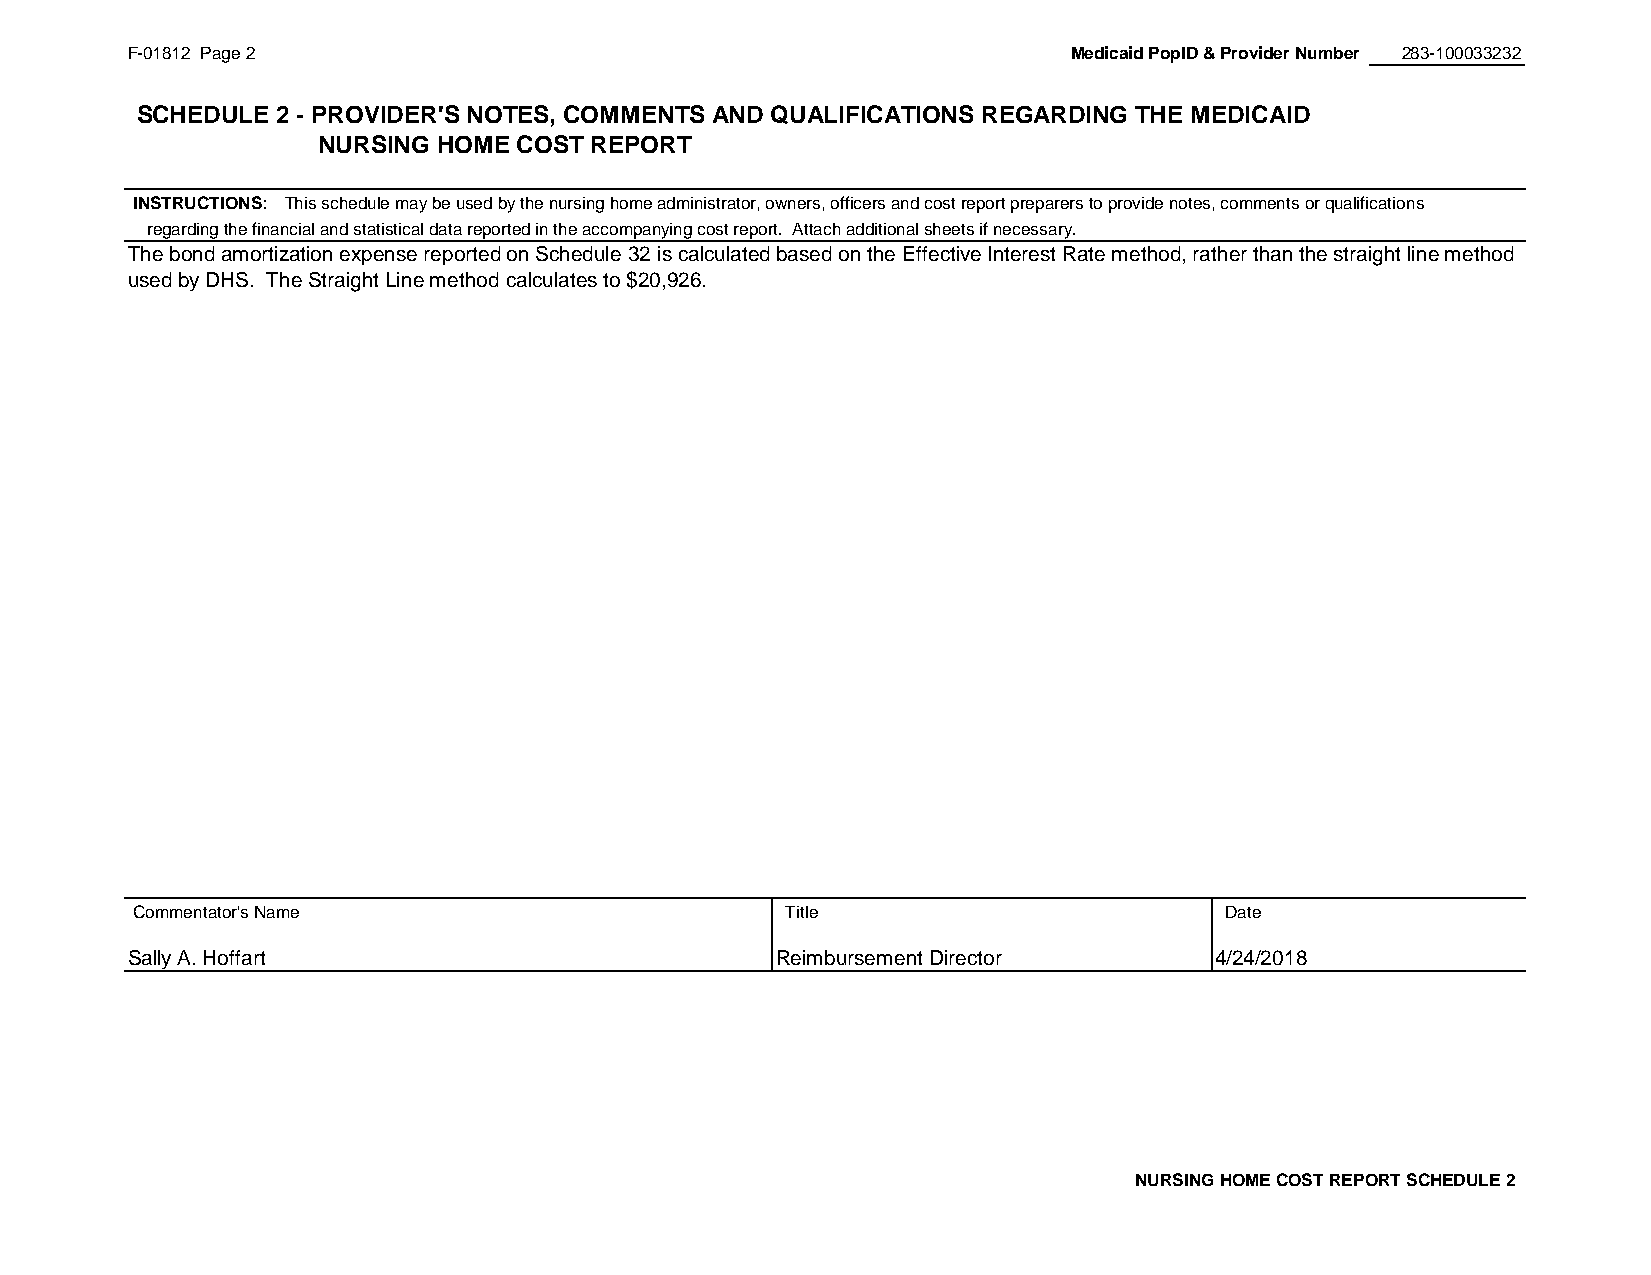
F-01812 Page 2                                                 Medicaid PopID & Provider Number 283-100033232
 SCHEDULE 2 - PROVIDER'S NOTES, COMMENTS AND QUALIFICATIONS REGARDING THE MEDICAID
 NURSING HOME COST REPORT
 #REF!
 INSTRUCTIONS: T h i s schedule may be used by the nursing home administrator, owners, officers and cost report preparers to provide notes, comments or qualifications
 regarding the financial and statistical data reported in the accompanying cost report. Attach additional sheets if necessary.
 The bond amortization expense reported on Schedule 32 is calculated based on the Effective Interest Rate method, rather than the straight line method
 used by DHS. The Straight Line method calculates to $20,926.
 Commentator's Name                         Title                        Date
 Sally A. Hoffart                           Reimbursement Director       4/24/2018
 NURSING HOME COST REPORT SCHEDULE 2